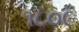
૧૮૦૯